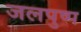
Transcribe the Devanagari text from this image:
जलपुष्प